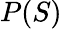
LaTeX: P(S)